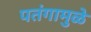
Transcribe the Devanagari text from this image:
पतंगामुळे